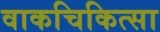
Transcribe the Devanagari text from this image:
वाकचिकित्सा